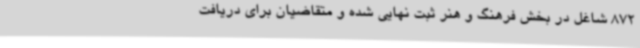
872 شاغل در بخش فرهنگ و هنر ثبت نهایی شده و متقاضیان برای دریافت